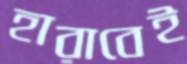
হারাবেই